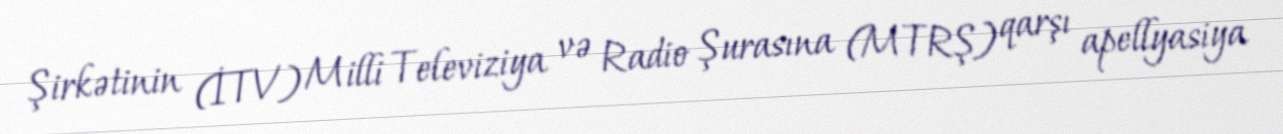
Şirkətinin (İTV) Milli Televiziya və Radio Şurasına (MTRŞ) qarşı apellyasiya